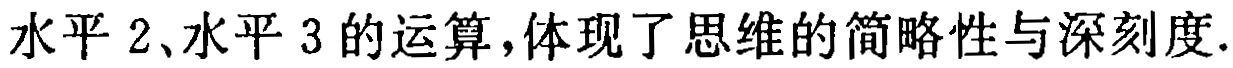
水平 2、水平 3 的运算,体现了思维的简略性与深刻度.